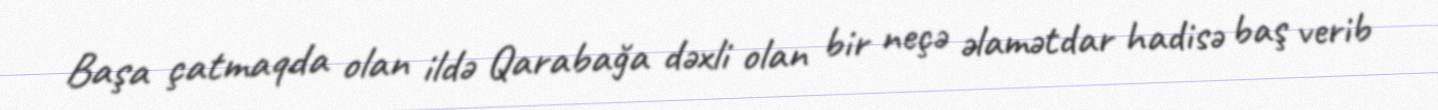
Başa çatmaqda olan ildə Qarabağa dəxli olan bir neçə əlamətdar hadisə baş verib